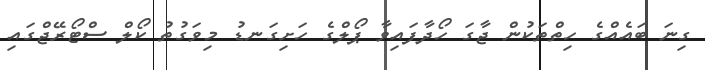
ގިނަ ބައެއްގެ ހިތްތަކުން ޖާގަ ހޯދާފައިވާ ޕޯލްގެ ހަށިގަނޑު މިވަގުތު ކޯލް ސްޓޯރޭޖްގައި